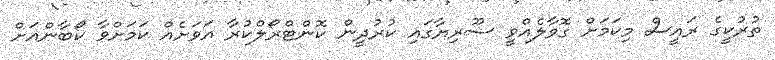
ތުރުކީގެ ރައީސް މިކަމަށް ގޮވާލެއްވީ ސޫރިޔާގައި ކުރުދީން ކޮންޓްރޯލްކުރާ އަވަށެއް ކަމަށްވާ ކޯބާންއަށް